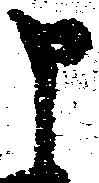
申